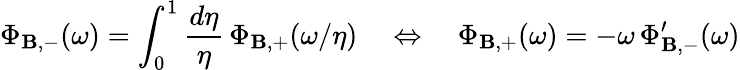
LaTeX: \Phi_{\mathbf{B},-}(\omega)=\int_{0}^{1}\frac{{d\eta}}{{\eta}}\, \Phi_{\mathbf{B},+}(\omega/\eta)\quad\Leftrightarrow\quad\Phi_{\mathbf{B},+}(\omega)=-\omega\, \Phi_{\mathbf{B},-}^{\prime}(\omega)